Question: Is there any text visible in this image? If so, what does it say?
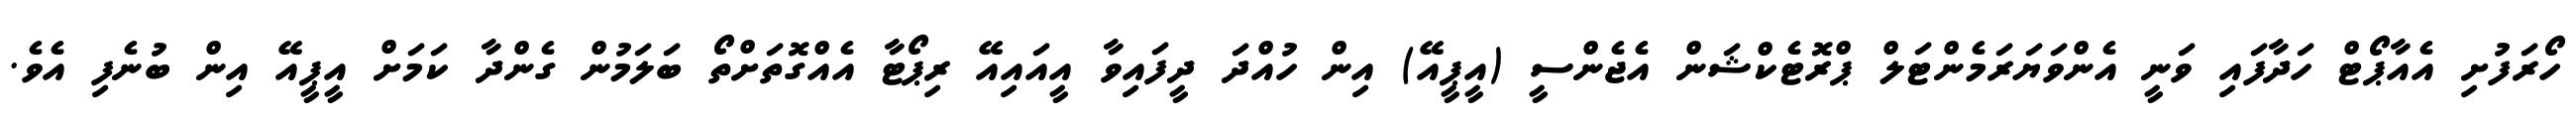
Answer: ހޯރަފުށި އެއާޕޯޓް ހަދާފައި ވަނީ އެންވަޔަރަމެންޓަލް ޕްރޮޓެކްޝަން އެޖެންސީ (އީޕީއޭ) އިން ހުއްދަ ދީފައިވާ އީއައިއޭ ރިޕޯޓާ އެއްގޮތަށްތޯ ބަލަމުން ގެންދާ ކަމަށް އީޕީއޭ އިން ބުނެފި އެވެ.